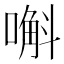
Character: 嘝